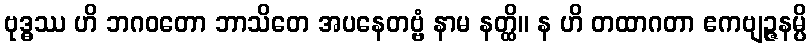
ဗုဒ္ဓဿ ဟိ ဘဂဝတော ဘာသိတေ အပနေတဗ္ဗံ နာမ နတ္ထိ။ န ဟိ တထာဂတာ ဧကဗျဉ္ဇနမ္ပိ